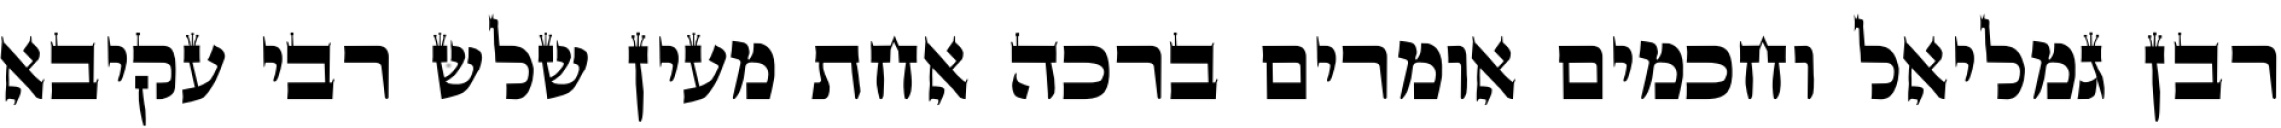
רבן גמליאל וחכמים אומרים ברכה אחת מעין שלש רבי עקיבא